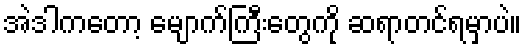
အဲဒါကတော့ မျောက်ကြီးတွေကို ဆရာတင်ရမှာပဲ။